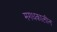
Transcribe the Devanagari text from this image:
मगधकालीन